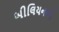
બીલિયનની